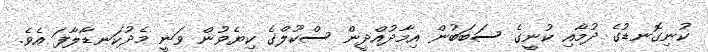
ކުނިގޮނޑުގެ ދުމާއި ކުނީގެ ސަބަބުން އިމާދުއްދީން ސްކޫލްގެ ކިޔެވުން ވަނީ މެދުކަނޑާލާފަ އެވެ.